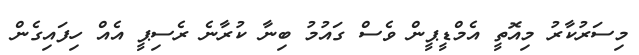
މިސަރުކާރު މިއޮތީ އެމްޑީޕީން ވެސް ގައުމު ބިނާ ކުރާނެ ރެސިޕީ އެއް ހިފައިގެން